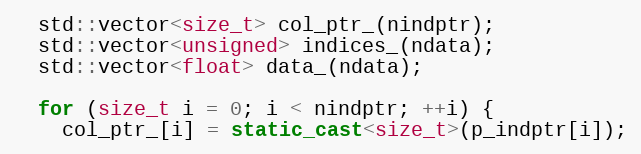
Language: C++
  std::vector<size_t> col_ptr_(nindptr);
  std::vector<unsigned> indices_(ndata);
  std::vector<float> data_(ndata);

  for (size_t i = 0; i < nindptr; ++i) {
    col_ptr_[i] = static_cast<size_t>(p_indptr[i]);